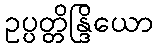
ဥပ္ပတ္တိန္ဒြိယော